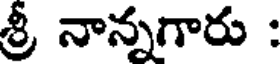
శ్రీ నాన్నగారు :